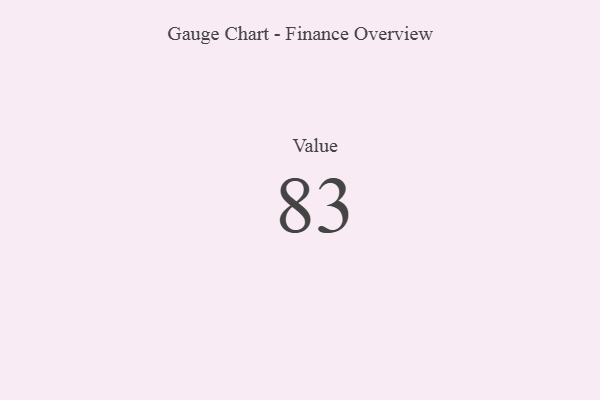
{"axis": {"x": "Metric", "y": "Value"}, "legend": [""], "data": [{"x": "Value", "y": 83, "type": ""}]}